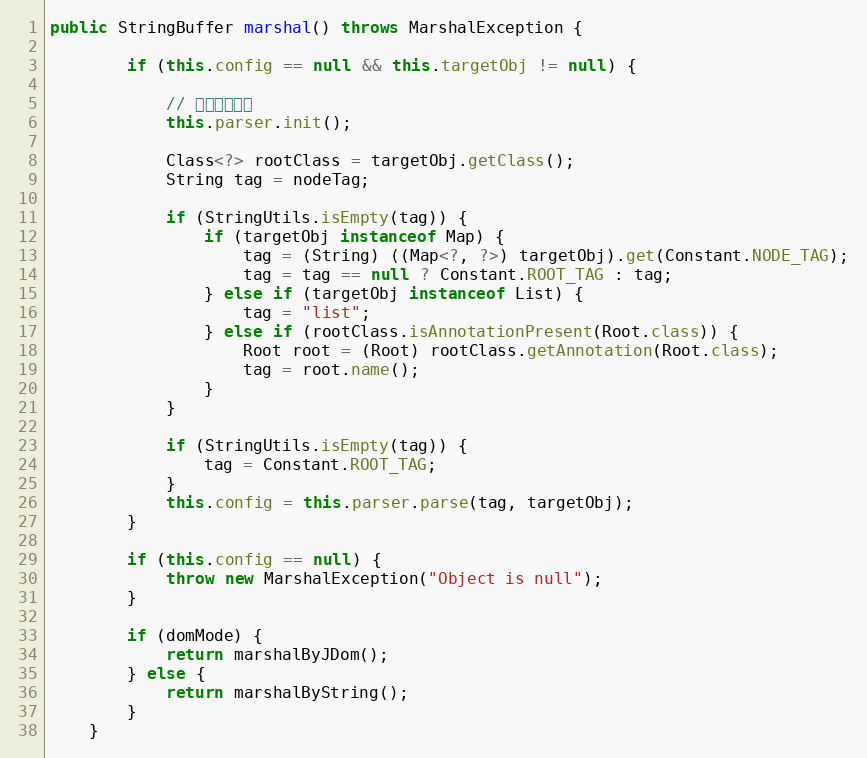
Language: Java
public StringBuffer marshal() throws MarshalException {

		if (this.config == null && this.targetObj != null) {

			// 初始化解析器
			this.parser.init();

			Class<?> rootClass = targetObj.getClass();
			String tag = nodeTag;

			if (StringUtils.isEmpty(tag)) {
				if (targetObj instanceof Map) {
					tag = (String) ((Map<?, ?>) targetObj).get(Constant.NODE_TAG);
					tag = tag == null ? Constant.ROOT_TAG : tag;
				} else if (targetObj instanceof List) {
					tag = "list";
				} else if (rootClass.isAnnotationPresent(Root.class)) {
					Root root = (Root) rootClass.getAnnotation(Root.class);
					tag = root.name();
				}
			}

			if (StringUtils.isEmpty(tag)) {
				tag = Constant.ROOT_TAG;
			}
			this.config = this.parser.parse(tag, targetObj);
		}

		if (this.config == null) {
			throw new MarshalException("Object is null");
		}

		if (domMode) {
			return marshalByJDom();
		} else {
			return marshalByString();
		}
	}